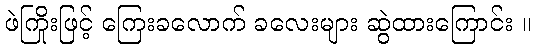
ဖဲကြိုးဖြင့် ကြေးခလောက် ခလေးများ ဆွဲထားကြောင်း ။